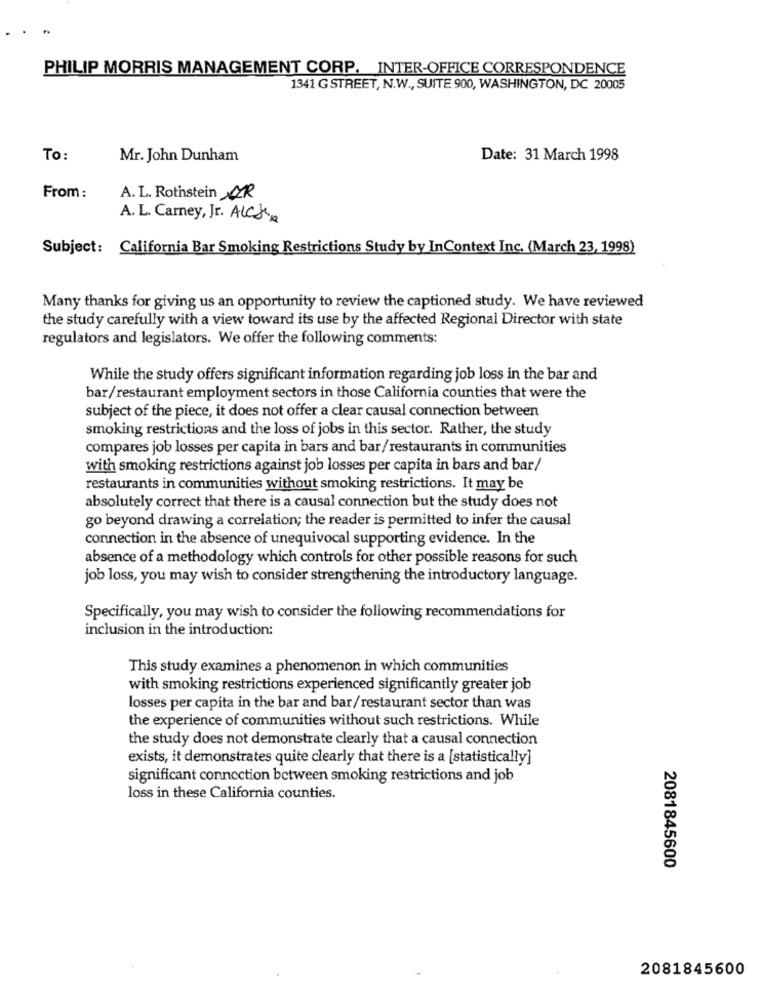
PHILIP MORRIS MANAGEMENT CORP. INTER-OFFICE CORRESPONDENCE
1341 G STREET, N.W ., SUITE 900, WASHINGTON, DC 20005
To:
Mr. John Dunham
Date: 31 March 1998
From :
A. L. Rothstein AR
A. L. Carney, Jr. ALC8 .
Subject: California Bar Smoking Restrictions Study by InContext Inc. (March 23, 1998)
Many thanks for giving us an opportunity to review the captioned study. We have reviewed
the study carefully with a view toward its use by the affected Regional Director with state
regulators and legislators. We offer the following comments:
While the study offers significant information regarding job loss in the bar and
bar/restaurant employment sectors in those California counties that were the
subject of the piece, it does not offer a clear causal connection between
smoking restrictions and the loss of jobs in this sector. Rather, the study
compares job losses per capita in bars and bar/restaurants in communities
with smoking restrictions against job losses per capita in bars and bar/
restaurants in communities without smoking restrictions. It may be
absolutely correct that there is a causal connection but the study does not
go beyond drawing a correlation; the reader is permitted to infer the causal
connection in the absence of unequivocal supporting evidence. In the
absence of a methodology which controls for other possible reasons for such
job loss, you may wish to consider strengthening the introductory language.
Specifically, you may wish to consider the following recommendations for
inclusion in the introduction:
This study examines a phenomenon in which communities
with smoking restrictions experienced significantly greater job
losses per capita in the bar and bar/restaurant sector than was
the experience of communities without such restrictions. While
the study does not demonstrate clearly that a causal connection
exists, it demonstrates quite clearly that there is a [statistically]
significant connection between smoking restrictions and job
loss in these California counties.
2081845600
2081845600